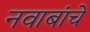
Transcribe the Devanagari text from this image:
नवाबांचे